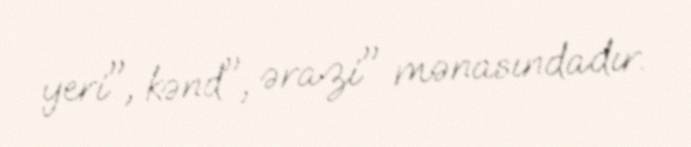
yeri", kənd", ərazi" mənasındadır.